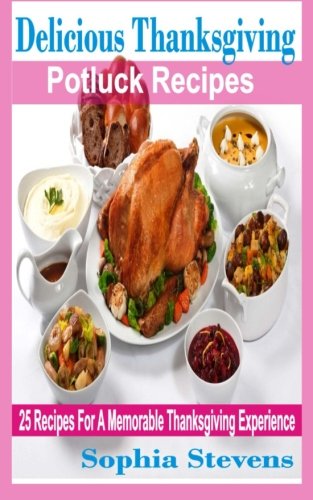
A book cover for Delicious Thanksgiving Potluck Recipes: 25 Recipes For A Memorable Thanksgiving Experience; Sophia Stevens; Cookbooks, Food & Wine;